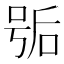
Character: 𰇱